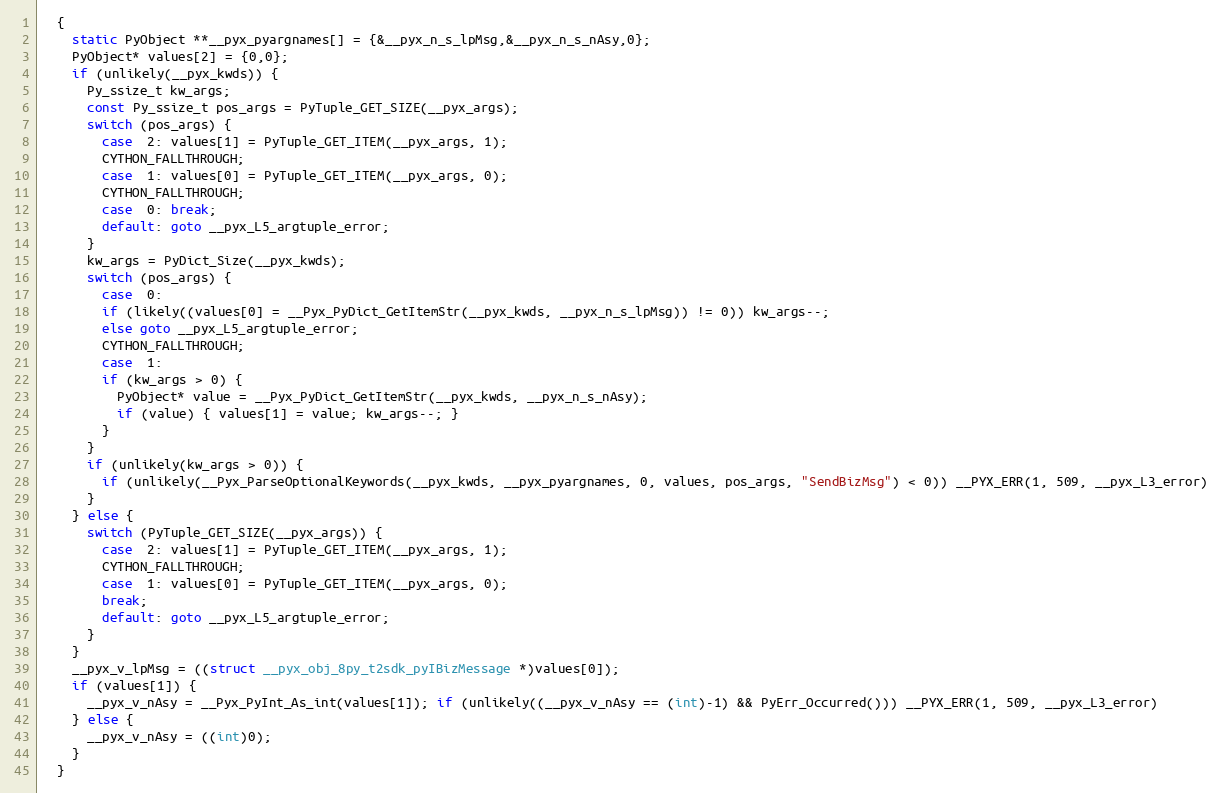
Language: C++
  {
    static PyObject **__pyx_pyargnames[] = {&__pyx_n_s_lpMsg,&__pyx_n_s_nAsy,0};
    PyObject* values[2] = {0,0};
    if (unlikely(__pyx_kwds)) {
      Py_ssize_t kw_args;
      const Py_ssize_t pos_args = PyTuple_GET_SIZE(__pyx_args);
      switch (pos_args) {
        case  2: values[1] = PyTuple_GET_ITEM(__pyx_args, 1);
        CYTHON_FALLTHROUGH;
        case  1: values[0] = PyTuple_GET_ITEM(__pyx_args, 0);
        CYTHON_FALLTHROUGH;
        case  0: break;
        default: goto __pyx_L5_argtuple_error;
      }
      kw_args = PyDict_Size(__pyx_kwds);
      switch (pos_args) {
        case  0:
        if (likely((values[0] = __Pyx_PyDict_GetItemStr(__pyx_kwds, __pyx_n_s_lpMsg)) != 0)) kw_args--;
        else goto __pyx_L5_argtuple_error;
        CYTHON_FALLTHROUGH;
        case  1:
        if (kw_args > 0) {
          PyObject* value = __Pyx_PyDict_GetItemStr(__pyx_kwds, __pyx_n_s_nAsy);
          if (value) { values[1] = value; kw_args--; }
        }
      }
      if (unlikely(kw_args > 0)) {
        if (unlikely(__Pyx_ParseOptionalKeywords(__pyx_kwds, __pyx_pyargnames, 0, values, pos_args, "SendBizMsg") < 0)) __PYX_ERR(1, 509, __pyx_L3_error)
      }
    } else {
      switch (PyTuple_GET_SIZE(__pyx_args)) {
        case  2: values[1] = PyTuple_GET_ITEM(__pyx_args, 1);
        CYTHON_FALLTHROUGH;
        case  1: values[0] = PyTuple_GET_ITEM(__pyx_args, 0);
        break;
        default: goto __pyx_L5_argtuple_error;
      }
    }
    __pyx_v_lpMsg = ((struct __pyx_obj_8py_t2sdk_pyIBizMessage *)values[0]);
    if (values[1]) {
      __pyx_v_nAsy = __Pyx_PyInt_As_int(values[1]); if (unlikely((__pyx_v_nAsy == (int)-1) && PyErr_Occurred())) __PYX_ERR(1, 509, __pyx_L3_error)
    } else {
      __pyx_v_nAsy = ((int)0);
    }
  }